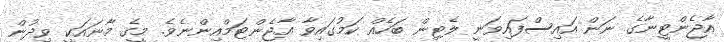
އާޖެންޓީނާގެ ނަން އައިސްފައިވަނީ ލެޓިން ބަހެއް ކަމުގައިވާ އާޖެންޓަމްއިންނެވެ. މީގެ މާނައަކީ ވިދުން